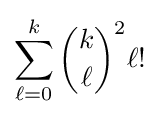
\sum _{\ell =0}^{k}{\binom {k}{\ell }}^{2}\ell !